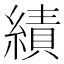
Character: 績